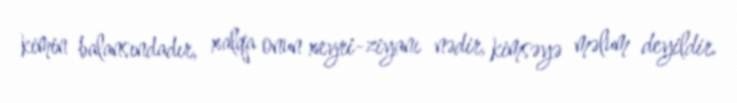
kimin balansındadır, xalqa onun xeyri-ziyanı nədir, kimsəyə məlum deyildir.